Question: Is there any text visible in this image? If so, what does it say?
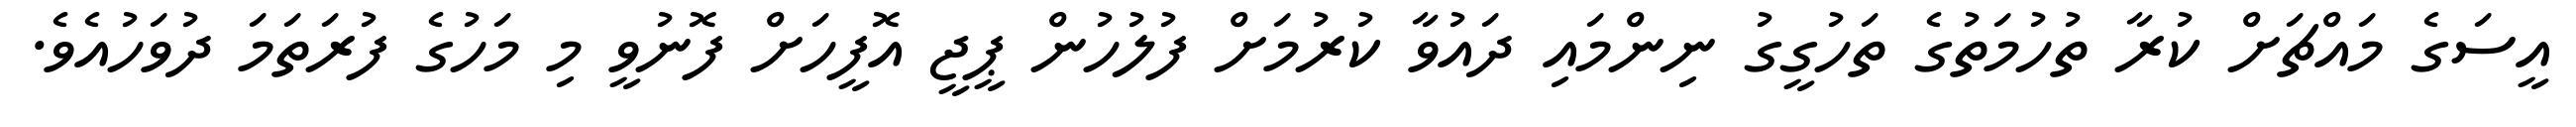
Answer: އީސަގެ މައްޗަށް ކުރާ ތުހުމަތުގެ ތަހުގީގު ނިންމައި ދައުވާ ކުރުމަށް ފުލުހުން ޕީޖީ އޮފީހަށް ފޮނުވީ މި މަހުގެ ފުރަތަމަ ދުވަހުއެވެ.